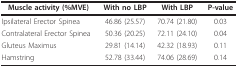
| Muscle activity (%MVE) | With no LBP | With LBP | P-value |
 | --- | --- | --- | --- |
 | Ipsilateral Erector Spinea | 46.86 (25.57) | 70.74 (21.80) | 0.03 |
 | Contralateral Erector Spinea | 50.36 (20.25) | 72.11 (24.10) | 0.04 |
 | Gluteus Maximus | 29.81 (14.14) | 42.32 (18.93) | 0.11 |
 | Hamstring | 52.78 (33.44) | 74.06 (28.69) | 0.14 |